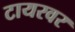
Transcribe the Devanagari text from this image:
टायरवर